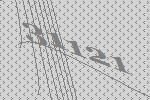
31121